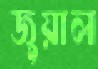
জুয়াল